Indian journal of veterinary science and animal husbandry - Volume 1,
Year: 1931
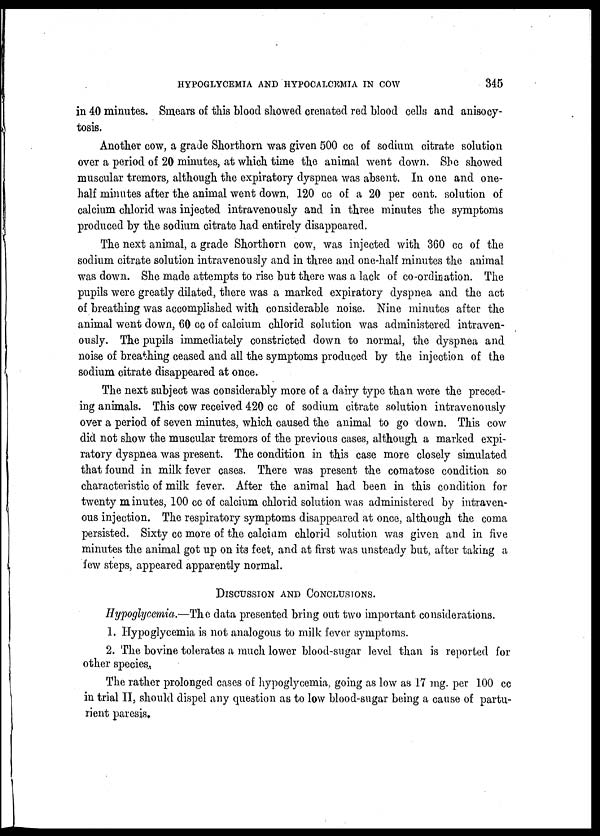
HYPOGLYCEMIA AND HYPOCALCEMIA IN COW
345
in 40 minutes. Smears of this blood showed crenated red blood cells and anisocy-
tosis.
Another cow, a grade Shorthorn was given 500 cc of sodium citrate solution
over a period of 20 minutes, at which time the animal went down. She showed
muscular tremors, although the expiratory dyspnea was absent. In one and one-
half minutes after the animal went down, 120 cc of a 20 per cent. solution of
calcium chlorid was injected intravenously and in three minutes the symptoms
produced by the sodium citrate had entirely disappeared.
The next animal, a grade Shorthorn cow, was injected with 360 cc of the
sodium citrate solution intravenously and in three and one-half minutes the animal
was down. She made attempts to rise but there was a lack of co-ordination. The
pupils were greatly dilated, there was a marked expiratory dyspnea and the act
of breathing was accomplished with considerable noise. Nine minutes after the
animal went down, 60 cc of calcium chlorid solution was administered intraven-
ously. The pupils immediately constricted down to normal, the dyspnea and
noise of breathing ceased and all the symptoms produced by the injection of the
sodium citrate disappeared at once.
The next subject was considerably more of a dairy type than were the preced-
ing animals. This cow received 420 cc of sodium citrate solution intravenously
over a period of seven minutes, which caused the animal to go down. This cow
did not show the muscular tremors of the previous cases, although a marked expi-
ratory dyspnea was present. The condition in this case more closely simulated
that found in milk fever cases. There was present the comatose condition so
characteristic of milk fever. After the animal had been in this condition for
twenty minutes, 100 cc of calcium chlorid solution was administered by intraven-
ous injection. The respiratory symptoms disappeared at once, although the coma
persisted. Sixty cc more of the calcium chlorid solution was given and in five
minutes the animal got up on its feet, and at first was unsteady but, after taking a
few steps, appeared apparently normal.
DISCUSSION AND CONCLUSIONS.
Hypoglycemia.—The data presented bring out two important considerations.
1. Hypoglycemia is not analogous to milk fever symptoms.
2. The bovine tolerates a much lower blood-sugar level than is reported for
other species.
The rather prolonged cases of hypoglycemia, going as low as 17 mg. per 100 cc
in trial II, should dispel any question as to low blood-sugar being a cause of partu-
rient paresis.